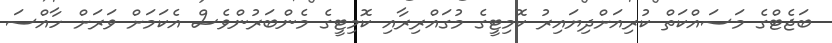
ބަޖެޓްގެ މަސައްކަތް ކުރިއަށްދިޔައިރު ކޮމިޓީގެ މުގައްރިރާއި ކޮމިޓީގެ މެންބަރުންވެސް އެކަމަށް ވަރަށް ހާއްސަ